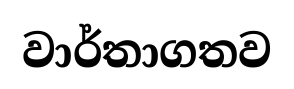
වාර්තාගතව